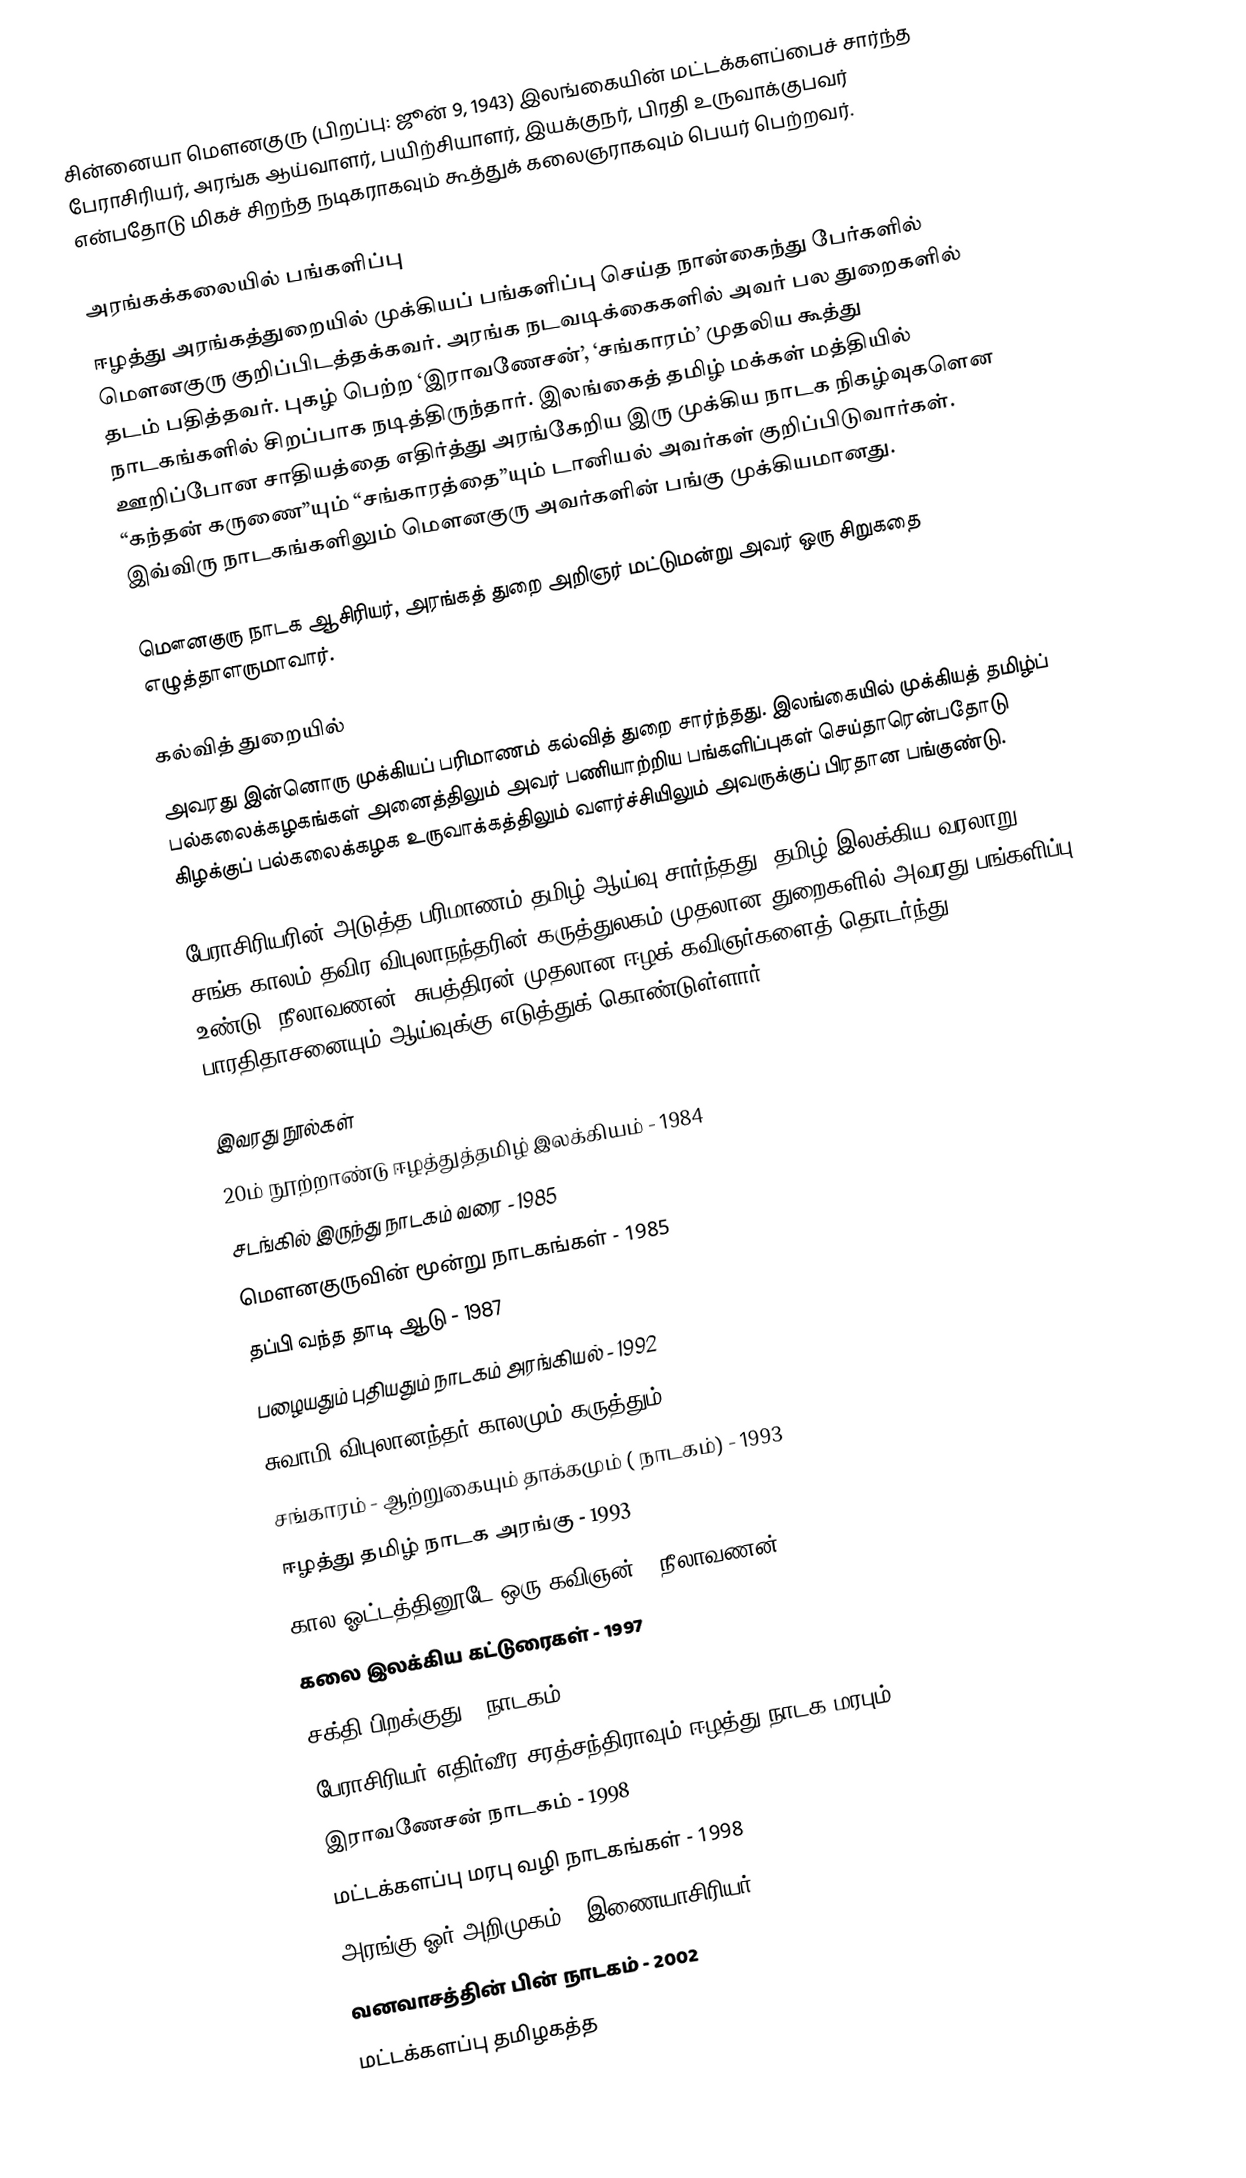
சின்னையா மௌனகுரு (பிறப்பு: ஜூன் 9, 1943) இலங்கையின் மட்டக்களப்பைச் சார்ந்த பேராசிரியர், அரங்க ஆய்வாளர், பயிற்சியாளர், இயக்குநர், பிரதி உருவாக்குபவர் என்பதோடு மிகச் சிறந்த நடிகராகவும் கூத்துக் கலைஞராகவும் பெயர் பெற்றவர்.

அரங்கக்கலையில் பங்களிப்பு
ஈழத்து அரங்கத்துறையில் முக்கியப் பங்களிப்பு செய்த நான்கைந்து பேர்களில் மௌனகுரு குறிப்பிடத்தக்கவர். அரங்க நடவடிக்கைகளில் அவர் பல துறைகளில் தடம் பதித்தவர்.  புகழ் பெற்ற ‘இராவணேசன்’, ‘சங்காரம்’ முதலிய கூத்து நாடகங்களில் சிறப்பாக நடித்திருந்தார். இலங்கைத் தமிழ் மக்கள் மத்தியில் ஊறிப்போன சாதியத்தை எதிர்த்து அரங்கேறிய இரு முக்கிய நாடக நிகழ்வுகளென “கந்தன் கருணை”யும் “சங்காரத்தை”யும் டானியல் அவர்கள் குறிப்பிடுவார்கள். இவ்விரு நாடகங்களிலும் மௌனகுரு அவர்களின் பங்கு முக்கியமானது.

மௌனகுரு நாடக ஆசிரியர், அரங்கத் துறை அறிஞர் மட்டுமன்று அவர் ஒரு சிறுகதை எழுத்தாளருமாவார்.

கல்வித் துறையில்
அவரது இன்னொரு முக்கியப் பரிமாணம் கல்வித் துறை சார்ந்தது. இலங்கையில் முக்கியத் தமிழ்ப் பல்கலைக்கழகங்கள் அனைத்திலும் அவர் பணியாற்றிய பங்களிப்புகள் செய்தாரென்பதோடு கிழக்குப் பல்கலைக்கழக உருவாக்கத்திலும் வளர்ச்சியிலும் அவருக்குப் பிரதான பங்குண்டு.

பேராசிரியரின் அடுத்த பரிமாணம் தமிழ் ஆய்வு சார்ந்தது. தமிழ் இலக்கிய வரலாறு, சங்க காலம் தவிர விபுலாநந்தரின் கருத்துலகம் முதலான துறைகளில் அவரது பங்களிப்பு உண்டு. நீலாவணன், சுபத்திரன் முதலான ஈழக் கவிஞர்களைத் தொடர்ந்து பாரதிதாசனையும் ஆய்வுக்கு எடுத்துக் கொண்டுள்ளார்.

இவரது நூல்கள்
20ம் நூற்றாண்டு ஈழத்துத்தமிழ் இலக்கியம் - 1984
சடங்கில் இருந்து  நாடகம் வரை - 1985
மௌனகுருவின்   மூன்று நாடகங்கள் - 1985
தப்பி வந்த தாடி ஆடு - 1987
பழையதும் புதியதும் நாடகம் அரங்கியல் - 1992
சுவாமி விபுலானந்தர் காலமும் கருத்தும் - 1992
சங்காரம் - ஆற்றுகையும் தாக்கமும் ( நாடகம்)  - 1993
ஈழத்து தமிழ் நாடக அரங்கு - 1993
கால ஓட்டத்தினூடே ஒரு கவிஞன் - நீலாவணன் - 1994
கலை இலக்கிய கட்டுரைகள் - 1997
சக்தி பிறக்குது - நாடகம் - 1997
பேராசிரியர் எதிர்வீர சரத்சந்திராவும் ஈழத்து நாடக மரபும்  - 1997
இராவணேசன் நாடகம் - 1998
மட்டக்களப்பு மரபு வழி நாடகங்கள் - 1998
அரங்கு ஓர் அறிமுகம் - இணையாசிரியர் - 2000
வனவாசத்தின் பின் நாடகம் - 2002
மட்டக்களப்பு தமிழகத்த